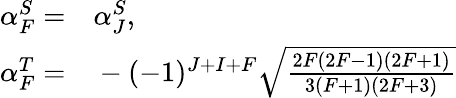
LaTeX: \begin{array}{rl}{\alpha_{F}^{S}=}&{{}\alpha_{J}^{S},}\\ {\alpha_{F}^{T}=}&{{}-(-1)^{J+I+F}\sqrt{\frac{2F(2F-1)(2F+1)}{3(F+1)(2F+3)}}}\end{array}